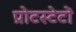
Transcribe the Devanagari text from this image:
प्रोटस्टेटों